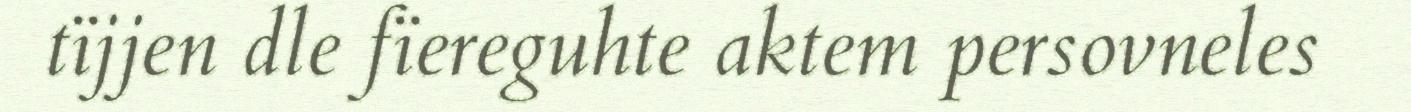
tïjjen dle fïereguhte aktem persovneles